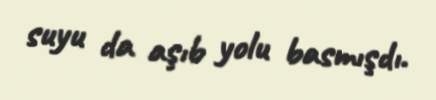
suyu da aşıb yolu basmışdı.